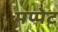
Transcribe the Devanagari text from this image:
मप्पेट